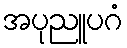
အပုညူပဂံ